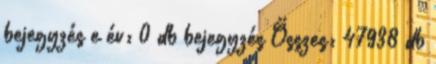
bejegyzés e év: 0 db bejegyzés Összes: 47938 db